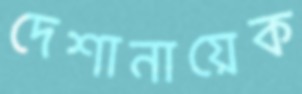
দেশানায়েক